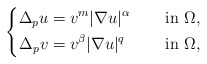
\begin{align*}\left\{\begin{aligned}\Delta_{p} u&=v^{m} |\nabla u|^{\alpha} &&\quad\mbox{ in } \Omega, \\\Delta_{p} v&=v^{\beta}|\nabla u|^q &&\quad\mbox{ in } \Omega,\end{aligned}\right.\end{align*}